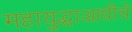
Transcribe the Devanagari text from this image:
महायुद्धाआधीचे